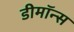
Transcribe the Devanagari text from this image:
डीमॉन्स